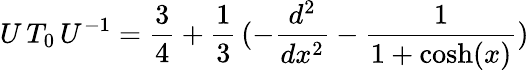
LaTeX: U\, T_{0}\, U^{-1}=\frac 34+\frac 13\, (-\frac{d^{2}}{dx^{2}}-\frac 1{1+\mathrm{cosh}(x)})